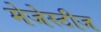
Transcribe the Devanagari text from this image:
मेजेस्टीज